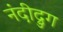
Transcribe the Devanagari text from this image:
नंदीद्रुग